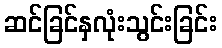
ဆင်ခြင်နှလုံးသွင်းခြင်း